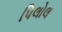
પિલોલ